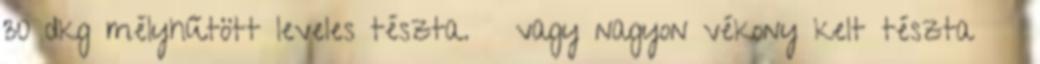
30 dkg mélyhűtött leveles tészta. vagy nagyon vékony kelt tészta